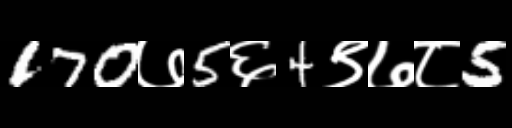
Text: 170७5६4९७८5